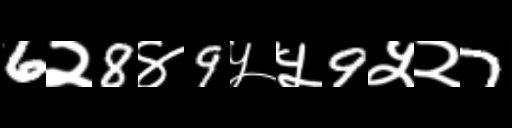
Text: 6२8४9५५9५२7